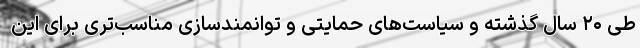
طی ۲۰ سال گذشته و سیاست‌های حمایتی و توانمندسازی مناسب‌تری برای این